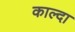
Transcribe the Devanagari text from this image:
काल्दा